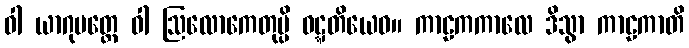
ဝါ ယာဂုပတ္တေ ဝါ ဩလောကေတုမ္ပိ ဝဋ္ဋတိယေဝ။ ကာဠကကာလေ ဒိသွာ ကာဠကာတိ